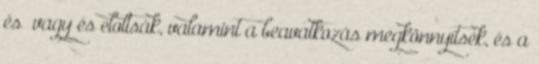
és vagy és eloltsák, valamint a beavatkozás megkönnyítsék, és a